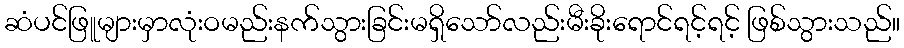
ဆံပင်ဖြူများမှာလုံးဝမည်းနက်သွားခြင်းမရှိသော်လည်းမီးခိုးရောင်ရင့်ရင့် ဖြစ်သွားသည်။